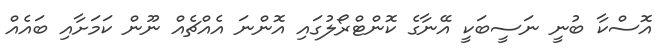
އޮސްކާ ބުނީ ނަސީބަކީ އޭނާގެ ކޮންޓްރޯލުގައި އޮންނަ އެއްޗެއް ނޫން ކަމަށާއި ބައެއް